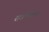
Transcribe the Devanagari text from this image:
राजनिवास